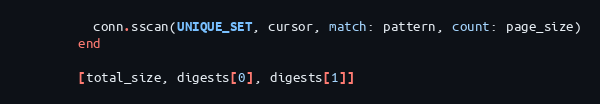
Language: Ruby
          conn.sscan(UNIQUE_SET, cursor, match: pattern, count: page_size)
        end

        [total_size, digests[0], digests[1]]